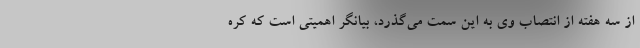
از سه هفته از انتصاب وی به این سمت می‌گذرد، بیانگر اهمیتی است که کره